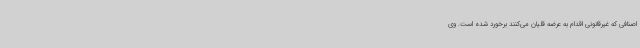
اصنافی که غیرقانونی اقدام به عرضه قلیان می‌کنند برخورد شده است. وی